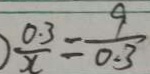
\frac { 0 . 3 } { x } = \frac { 9 } { 0 . 3 }